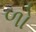
ળો